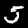
Digit: 5